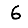
Digit: 6